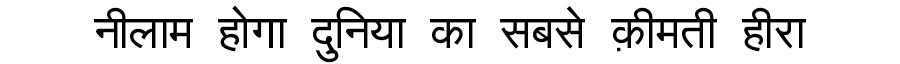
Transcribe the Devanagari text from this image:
नीलाम होगा दुनिया का सबसे क़ीमती हीरा